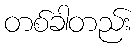
တစ်ခါတည်း